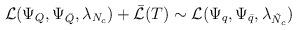
LaTeX: \begin{align*}{\cal L}(\Psi_{Q}, \Psi_{\bar{Q}}, \lambda_{N_{c}}) + \bar{{\cal L}}(T)\sim {\cal L}(\Psi_{q}, \Psi_{\bar{q}}, \lambda_{\tilde{N}_{c}})\end{align*}